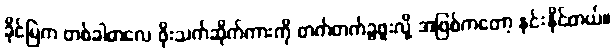
ခိုင်မြဲက တစ်ခါတလေ ဖိုးသက်ဆိုက်ကားကို တက်တက်ခွဖူးလို့ အဖြစ်ကတော့ နင်းနိုင်တယ်။